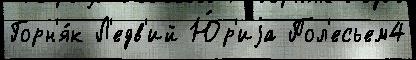
Горн'я́к Л'едв'ий Ю́р'иjа Пол'есьем4